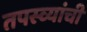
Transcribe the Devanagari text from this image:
तपस्व्यांची